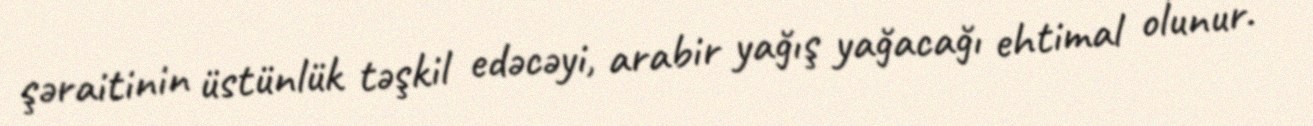
şəraitinin üstünlük təşkil edəcəyi, arabir yağış yağacağı ehtimal olunur.